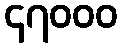
၄၇၀၀၀